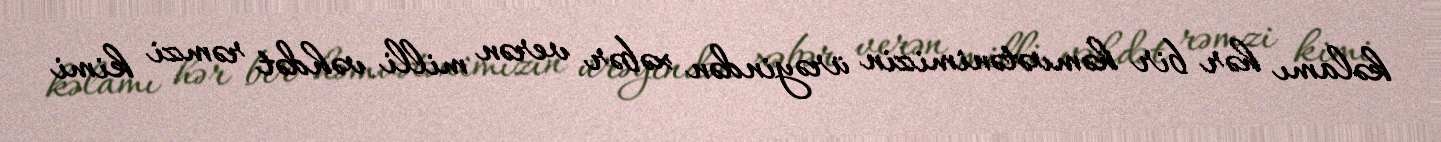
kəlamı hər bir həmvətənimizin ürəyindən xəbər verən milli vəhdət rəmzi kimi